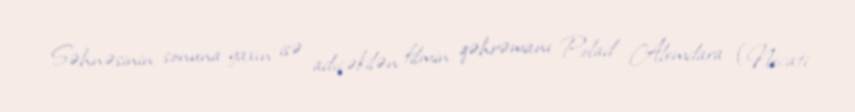
Səhnəsinin sonuna yaxın isə adıçəkilən filmin qəhrəmanı Polad Alemdara (Necati